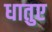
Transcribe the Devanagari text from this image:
धातुए